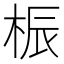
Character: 桭